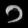
Digit: ၁